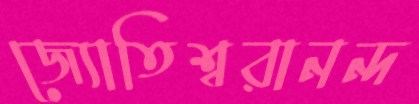
জ্যোতিশ্বরানন্দ